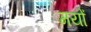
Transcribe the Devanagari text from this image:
मयों